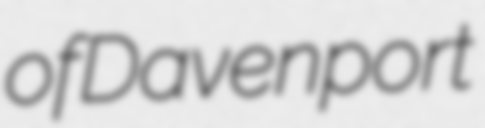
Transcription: of Davenport